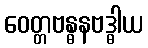
ဝေတ္တဗန္ဓနဗဒ္ဓါယ